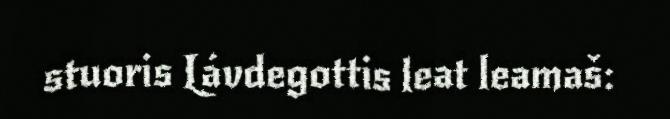
stuoris Lávdegottis leat leamaš: